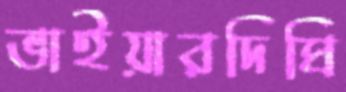
ভাইয়ারদিঘি